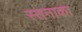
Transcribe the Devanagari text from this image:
स्तनाका